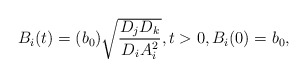
\begin{align*}\begin{array}{ll}B_i(t) = (b_0) \sqrt{\dfrac{D_j D_k}{D_i A_i^2}}, t >0, B_i(0)=b_0,\end{array}\end{align*}